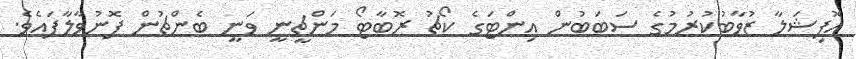
އޮފިޝަލާ ޒުވާބުކުރުމުގެ ސަބަބުން އިންޓަގެ ކޯޗު ރޮބާޓޯ މަންޗީނީ ވަނީ ބެންޗުން ފޮނުވާލާފައެވެ.